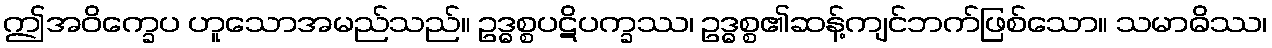
ဤအဝိက္ခေပ ဟူသောအမည်သည်။ ဥဒ္ဓစ္စပဋိပက္ခဿ၊ ဥဒ္ဓစ္စ၏ဆန့်ကျင်ဘက်ဖြစ်သော။ သမာဓိဿ၊